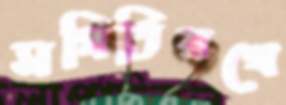
সমিতিরথে